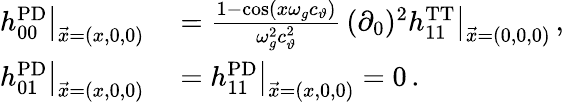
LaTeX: \begin{array}{rl}{h_{00}^{\mathrm{PD}}\big|_{\vec{x}=(x,0,0)}}&{{}=\frac{1-\cos(x\omega_{g}c_{\vartheta})}{\omega_{g}^{2}c_{\vartheta}^{2}}\, (\partial_{0})^{2}h_{11}^{\mathrm{TT}}\big|_{\vec{x}=(0,0,0)}\, ,}\\ {h_{01}^{\mathrm{PD}}\big|_{\vec{x}=(x,0,0)}}&{{}=h_{11}^{\mathrm{PD}}\big|_{\vec{x}=(x,0,0)}=0\, .}\end{array}